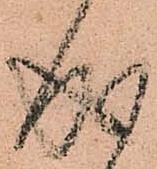
成